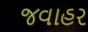
જવાહર